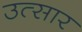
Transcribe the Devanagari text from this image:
उत्सार